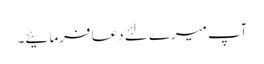
آپ میرے لئے دعا فرمائیے۔